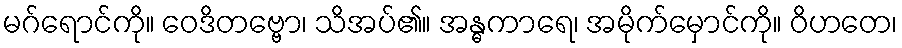
မဂ်ရောင်ကို။ ဝေဒိတဗ္ဗော၊ သိအပ်၏။ အန္ဓကာရေ၊ အမိုက်မှောင်ကို။ ဝိဟတေ၊